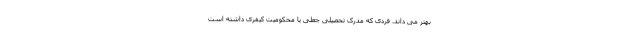
بهتر می داند. فردی که مدرک تحصیلی جعلی یا محکومیت کیفری داشته است